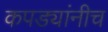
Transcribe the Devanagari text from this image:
कपड्यांनीच